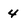
Character: 4